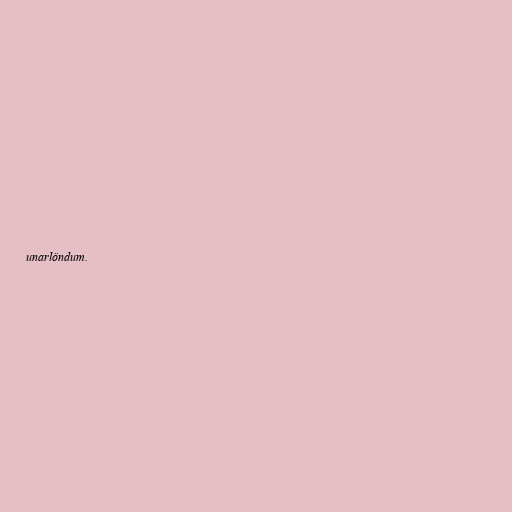
unarlöndum.